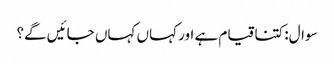
سوال:کتنا قیام ہے اور کہاں کہاں جائیں گے؟